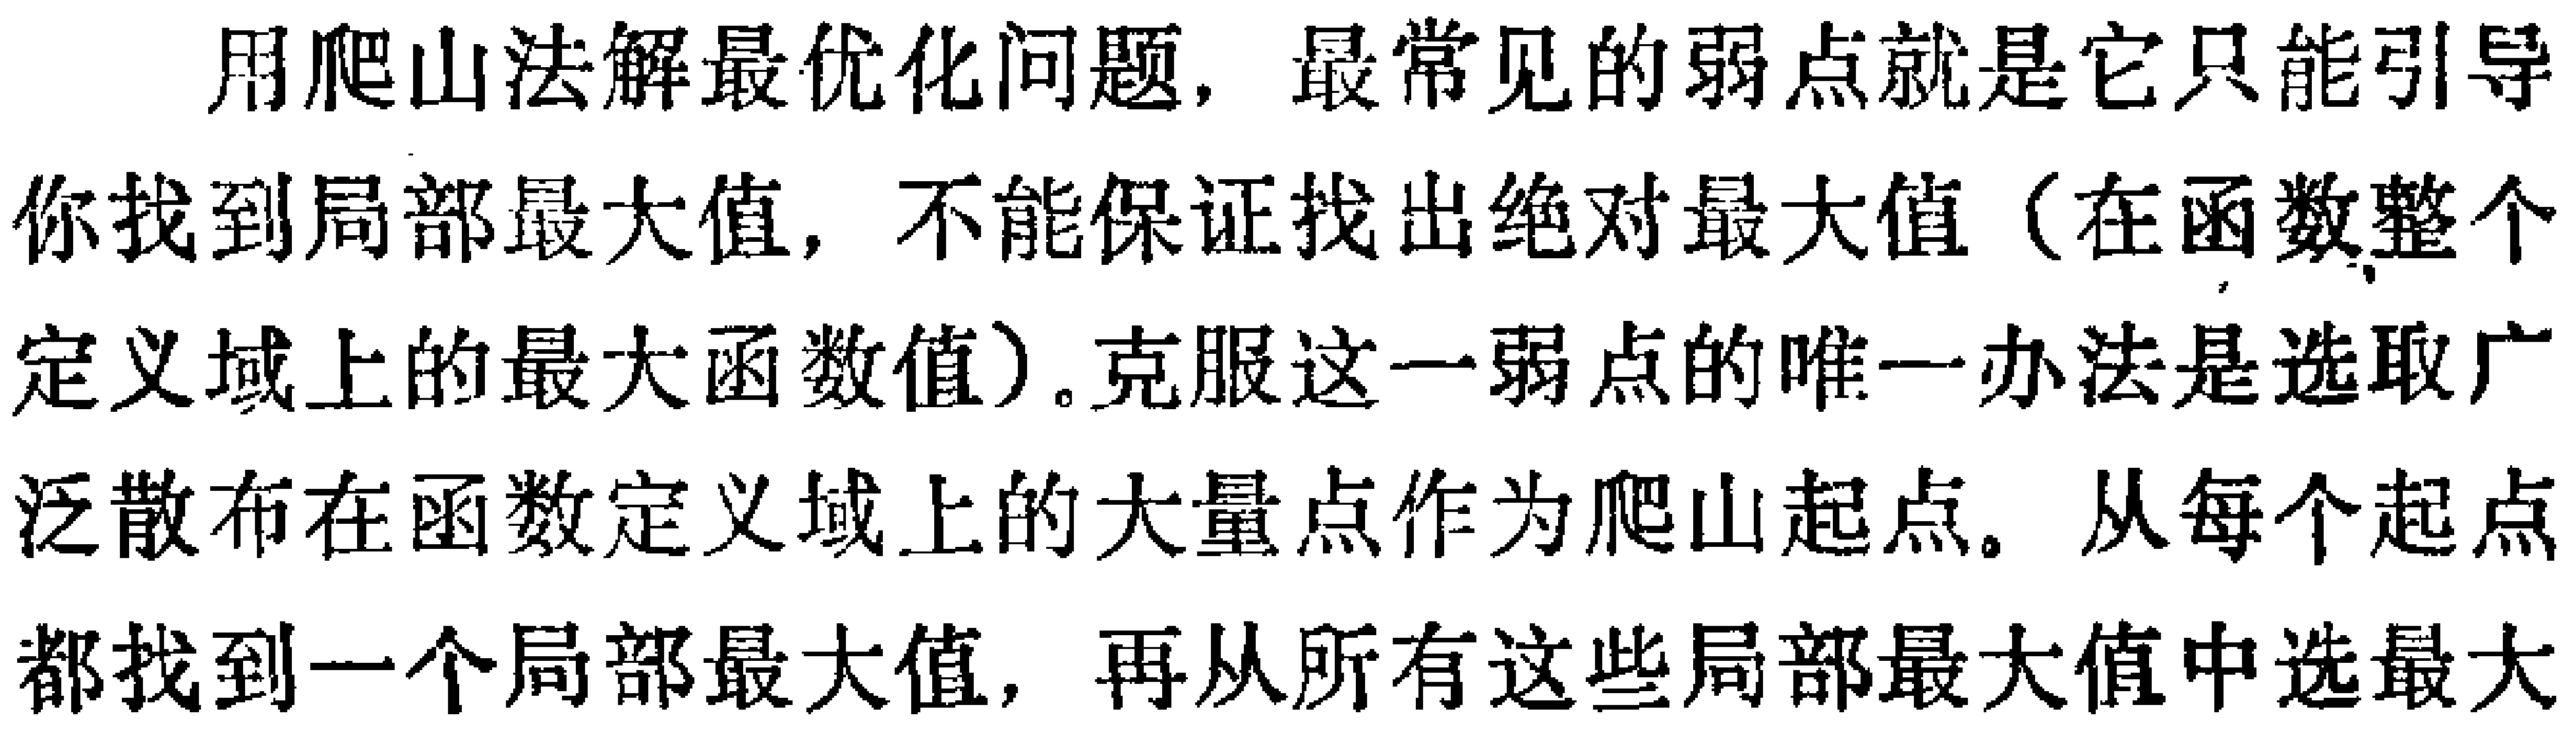
用爬山法解最优化问题，最常见的弱点就是它只能引导你找到局部最大值，不能保证找出绝对最大值（在函数整个定义域上的最大函数值）。克服这一弱点的唯一办法是选取广泛散布在函数定义域上的大量点作为爬山起点。从每个起点都找到一个局部最大值，再从所有这些局部最大值中选最大